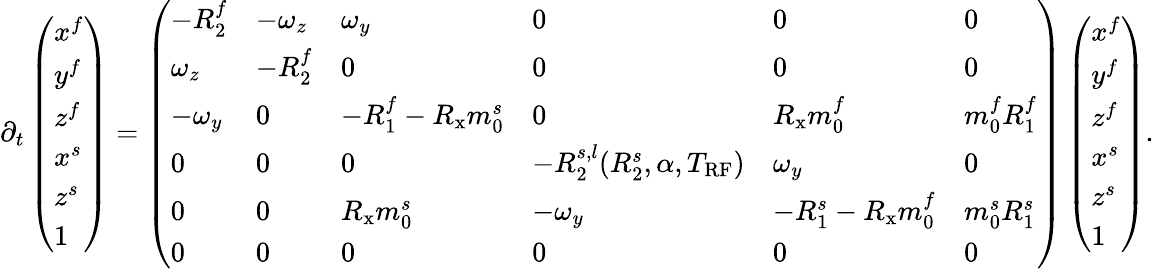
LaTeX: \partial_{t}\left(\begin{array}{l}{x^{f}}\\ {y^{f}}\\ {z^{f}}\\ {x^{s}}\\ {z^{s}}\\ {1}\end{array}\right)=\left(\begin{array}{llllll}{-R_{2}^{f}}&{-\omega_{z}}&{\omega_{y}}&{0}&{0}&{0}\\ {\omega_{z}}&{-R_{2}^{f}}&{0}&{0}&{0}&{0}\\ {-\omega_{y}}&{0}&{-R_{1}^{f}-R_{\mathrm{x}}m_{0}^{s}}&{0}&{R_{\mathrm{x}}m_{0}^{f}}&{m_{0}^{f}R_{1}^{f}}\\ {0}&{0}&{0}&{-R_{2}^{s,l}(R_{2}^{s},\alpha,T_{\mathrm{RF}})}&{\omega_{y}}&{0}\\ {0}&{0}&{R_{\mathrm{x}}m_{0}^{s}}&{-\omega_{y}}&{-R_{1}^{s}-R_{\mathrm{x}}m_{0}^{f}}&{m_{0}^{s}R_{1}^{s}}\\ {0}&{0}&{0}&{0}&{0}&{0}\end{array}\right)\left(\begin{array}{l}{x^{f}}\\ {y^{f}}\\ {z^{f}}\\ {x^{s}}\\ {z^{s}}\\ {1}\end{array}\right).